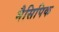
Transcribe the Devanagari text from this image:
मैसिपिक